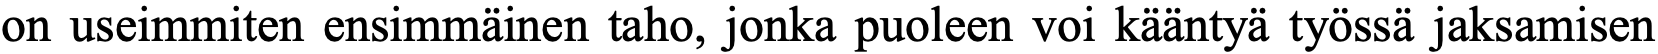
on useimmiten ensimmäinen taho, jonka puoleen voi kääntyä työssä jaksamisen